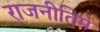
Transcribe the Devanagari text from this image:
राजनीतिमे